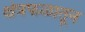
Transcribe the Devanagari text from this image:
क्षेत्रफळातून